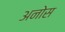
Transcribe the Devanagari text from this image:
अनोस